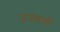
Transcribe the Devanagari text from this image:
उनसभी